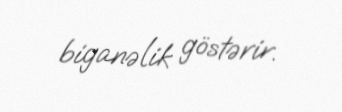
biganəlik göstərir.